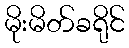
မိုးမိတ်ခရိုင်